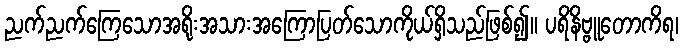
ညက်ညက်ကြေသောအရိုးအသားအကြောပြတ်သောကိုယ်ရှိသည်ဖြစ်၍။ ပရိနိဗ္ဗူတောကိရ၊